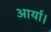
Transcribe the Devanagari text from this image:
आर्या।